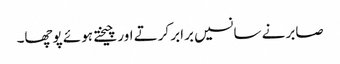
صابر نے سانسیں برابر کرتے اور چیختے ہوئے پوچھا۔